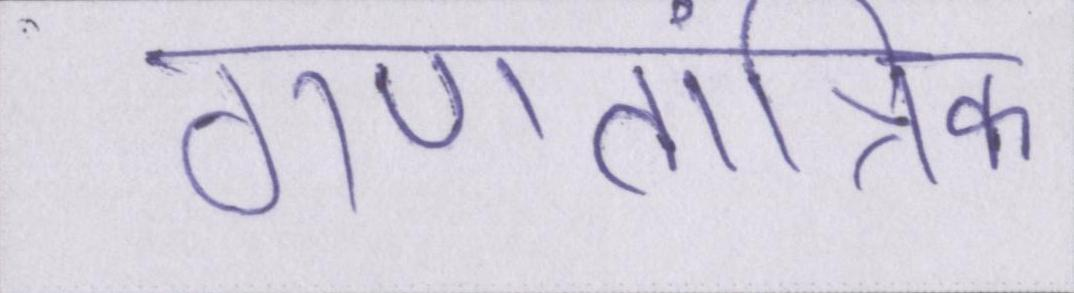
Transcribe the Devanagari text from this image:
गणतांत्रिक